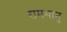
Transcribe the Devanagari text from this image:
रामभानु